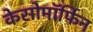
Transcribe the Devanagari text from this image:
केसोमॉर्फिन